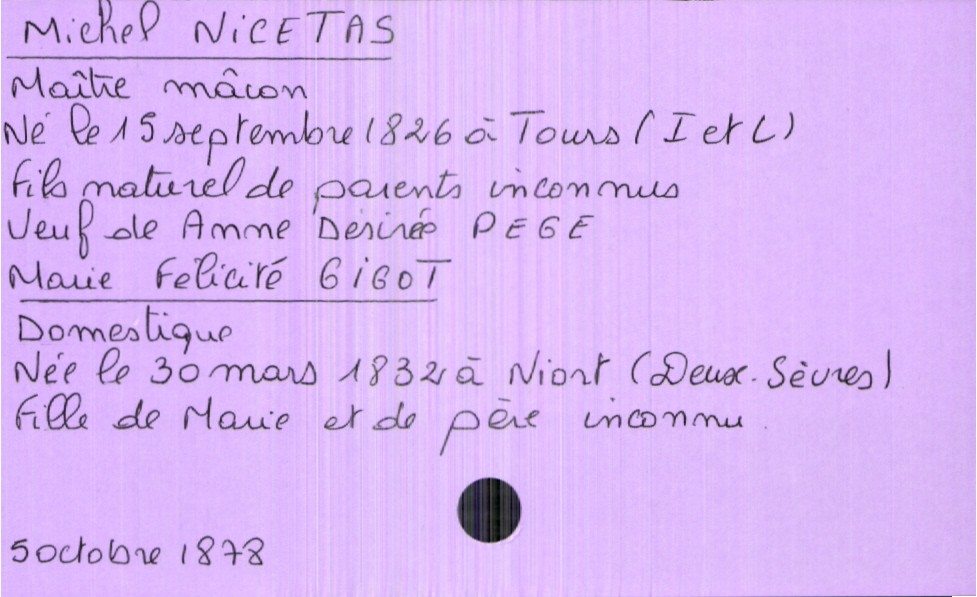
type_acte: Mariage
année: 1878
mois: octobre
jour: 5
observations: marié : parents inconnus, mariée : père inconnu
marié_nom: Nicetas
marié_prénom: Michel
marié_profession: maître maçon
marié_date_de_naissance: 15 septembre 1826
marié_lieu_de_naissance: Tours (Indre et Loire)
marié_statut: veuf
mariée_nom: Gigot
mariée_prénom: Marie Félicité
mariée_profession: domestique
mariée_date_de_naissance: 30 mars 1832
mariée_lieu_de_naissance: Niort (Deux-Sèvres)
mère_mariée_nom: Gigot
mère_mariée_prénom: Marie